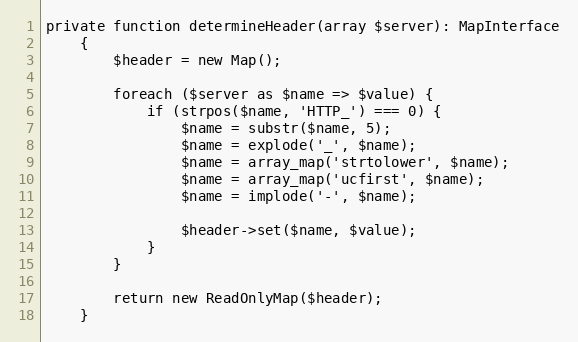
Language: PHP
private function determineHeader(array $server): MapInterface
    {
        $header = new Map();

        foreach ($server as $name => $value) {
            if (strpos($name, 'HTTP_') === 0) {
                $name = substr($name, 5);
                $name = explode('_', $name);
                $name = array_map('strtolower', $name);
                $name = array_map('ucfirst', $name);
                $name = implode('-', $name);

                $header->set($name, $value);
            }
        }

        return new ReadOnlyMap($header);
    }